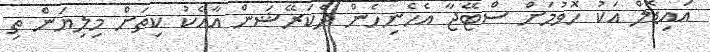
އައިޑޮލް އަކު ހޮވުމަށް ސްޓޭޖާ އެހެނިހެން ދެކަރޭޝަން އާއެކު ކިތަށް މިލިޔަން ތި